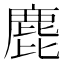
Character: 𪊕